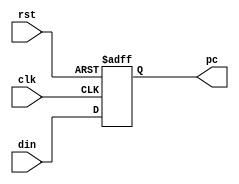
`timescale 1ns / 1ps

module PC(
    input wire        rst,
    input wire        clk,
    input wire [31:0] din,
    output reg [31:0] pc
);
    

    always @ (posedge clk or posedge rst) begin
        if(rst) begin
            pc <= 32'h0000_0000;
        end else begin
            pc <= din;
        end
    end

endmodule